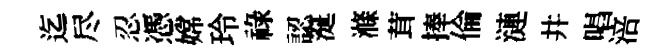
迄尽忍憑嫦玲祿認涎滌茸捧倫漣井唱涪